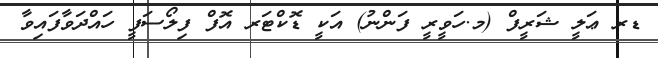
ޑރ ޢަލީ ޝަރީފް (މ.ހަވީރީ ފަންނު) އަކީ ޑޮކްޓަރ އޮފް ފިލޯސަފީ ހައްދަވާފައިވާ